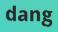
dang